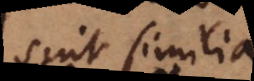
sint similia